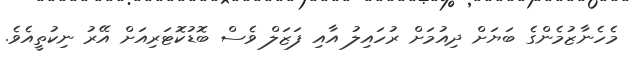
މެހެނާޒުމެންގެ ބަޔަށް ދިއުމަށް ރުހައިލު އާއި ފަޒަލް ވެސް ބޮޑުކޮޓަރިއަށް އޭރު ނިކުތީއެވެ.